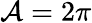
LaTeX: \mathcal{A}=2\pi